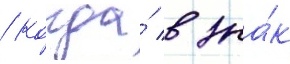
/ когда́ в зна́к